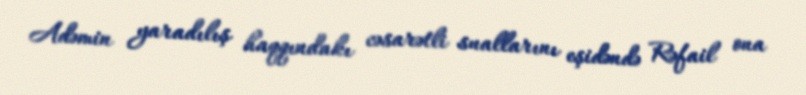
Adəmin yaradılış haqqındakı cəsarətli suallarını eşidəndə Rəfail ona